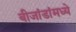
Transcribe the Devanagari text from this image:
बीजांडांमध्ये